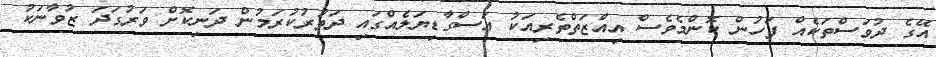
އޭގެ ދުވަސްތަކެއް ފަހުން ކޮންމެވެސް އިއްޒަތްތެރިއަކު އަސްގާޑިޔަލެއްގައި ދަތުރުކުރަމުން ދަނިކޮށް ވަރުގަދަ ޒުވާނަކު